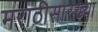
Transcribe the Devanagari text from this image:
मराठीसारख्या